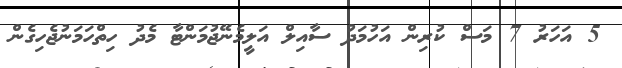
5 އަހަރު 7 މަސް ކުރިން އަހުމަދު ސާއިލް އަލީމެނޭޖުމަންޓާ މެދު ހިތްހަމަނުޖެހިގެން